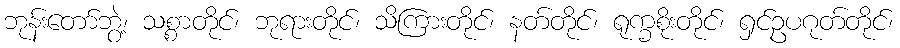
ဘုန်းတော်ဘွဲ့၊ သစ္စာတိုင်၊ ဘုရားတိုင်၊ သိကြားတိုင်၊ နတ်တိုင်၊ ရုက္ခစိုးတိုင်၊ ရှင်ဥပဂုတ်တိုင်၊